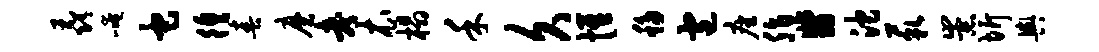
毳崦它徨春磨考衣榻禾久惟移包座脂翡沱藐崇圻舆